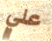
علي